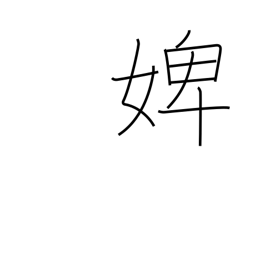
Meaning: maidservant